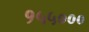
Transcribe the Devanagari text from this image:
१५५०००